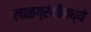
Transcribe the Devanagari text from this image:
लाळग्रंथीमध्ये